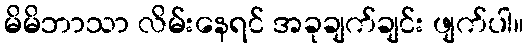
မိမိဘာသာ လိမ်းနေရင် အခုချက်ချင်း ဖျက်ပါ။